system: You are a helpful assistant.
user:
Analyze the provided spectrum to determine if it is a **S-type Star**.

- **Key Indicators for S-type Star:**

    - **(Overall Spectrum Shape):** The first and most obvious characteristic is the overall continuum (the "baseline" shape). It is **extremely "red-sloping,"** meaning the flux (light intensity) is very low on the left side (blue, ~4000-4500 Å) and rises steeply and continuously toward the right side (red, ~7000 Å+).

    - **(Primary):** The spectrum is defined by the presence of strong, broad molecular absorption "valleys" (bands) from **Zirconium Oxide (ZrO)**. The identification of these bands is the **primary requirement** for classifying a star as S-type.
        - **(Key Bandheads):** You must find distinct, deep "dips" where the light has been absorbed. The most critical band systems to locate are:
            - **~6474 Å** ($\gamma$-system): This is often the strongest and clearest ZrO feature, found in the red part of the spectrum.
            - **~5718 Å** & **~5551 Å** ($\beta$-system): A pair of prominent absorption features in the yellow-orange part of the spectrum.
            - **~4640 Å** ($\alpha$-system): A key absorption band system in the blue-green region of the spectrum.

    - **(Secondary Confirmation):** The classification is strengthened by finding additional absorption bands from other related heavy element oxides, which are expected to be present alongside ZrO.
        - **(Key Bandheads):**
            - **Yttrium Oxide (YO):** Look for absorption dips near **~4800 Å** and **~6100 Å**.
            - **Lanthanum Oxide (LaO):** Additional absorption features, particularly in the red-orange part of the spectrum, are also characteristic.

    - **(Line Profile):** The combination of the steep red continuum and these numerous, deep molecular bands (ZrO, YO, etc.) gives the entire spectrum a very **"chopped-up"** or **"bumpy"** appearance. Instead of a smooth curve, the spectrum looks as though large, wide chunks of light have been "carved out" of it at the specific wavelengths listed above.

Think first, call **spectral_visualization_tool** if needed to examine features in detail, then provide your final answer. Your response must adhere to the following strict rules:
1.  **Overall Structure:** Your response must follow the format `<think>...</think> <tool_call>...</tool_call> (if a tool is used) <answer>...</answer>`.
2.  **Tool Usage Constraint:** You may only make **one** tool call per turn.
3.  **Final Answer Format:** In the `<answer>` tag, your conclusion must be inside a `\boxed{}` command (e.g., `\boxed{YES}` or `\boxed{NO}`), followed by your justification.

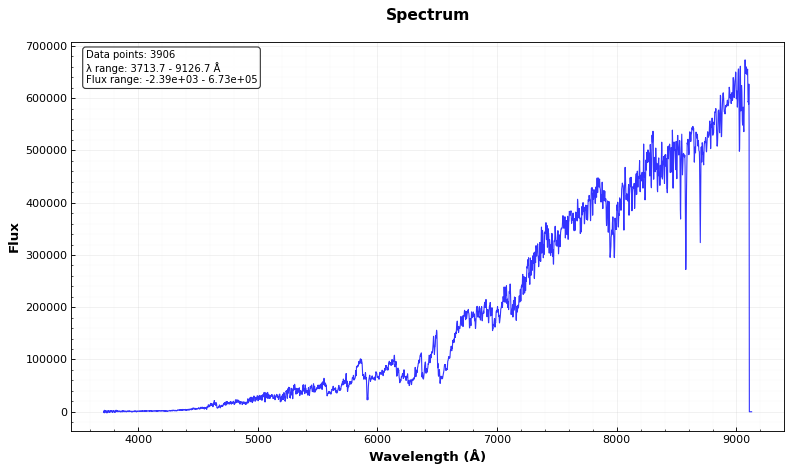
Answer: YES